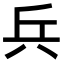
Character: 兵